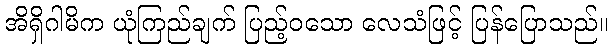
အိရှိဂါမိက ယုံကြည်ချက် ပြည့်ဝသော လေသံဖြင့် ပြန်ပြောသည်။